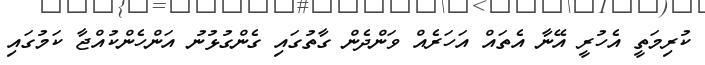
ކުރިމަތީ އެހުރީ އޭނާ އެތައް އަހަރެއް ވަންދެން ގާތުގައި ގެންގުޅުނު އަންހެންކުއްޖާ ކަމުގައި